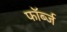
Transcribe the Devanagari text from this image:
फॉर्ब्ज